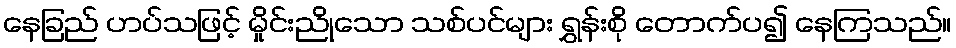
နေခြည် ဟပ်သဖြင့် မှိုင်းညိုသော သစ်ပင်များ ရွှန်းစို တောက်ပ၍ နေကြသည်။